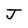
Character: J